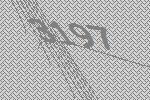
3197